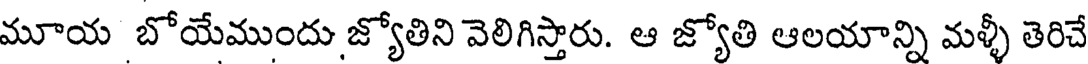
మూయ బోయేముందు జ్యోతిని వెలిగిస్తారు. ఆ జ్యోతి ఆలయాన్ని మళ్ళీ తెరిచే